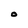
Character: O